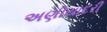
અણીયાદરી